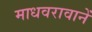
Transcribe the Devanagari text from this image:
माधवरावानें